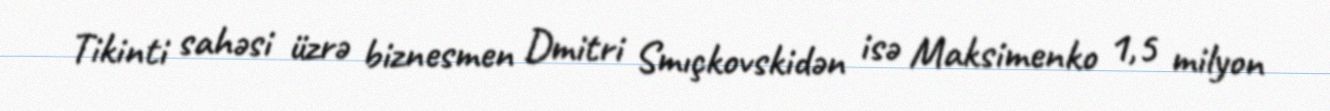
Tikinti sahəsi üzrə biznesmen Dmitri Smıçkovskidən isə Maksimenko 1,5 milyon